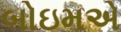
બોઇમએ